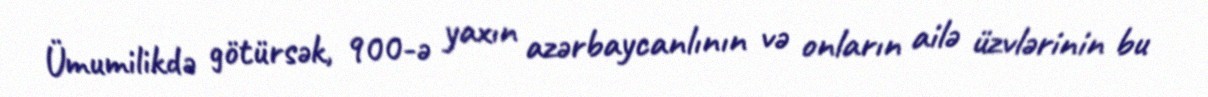
Ümumilikdə götürsək, 900-ə yaxın azərbaycanlının və onların ailə üzvlərinin bu